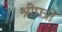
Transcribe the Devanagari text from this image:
श्रीपत्रों